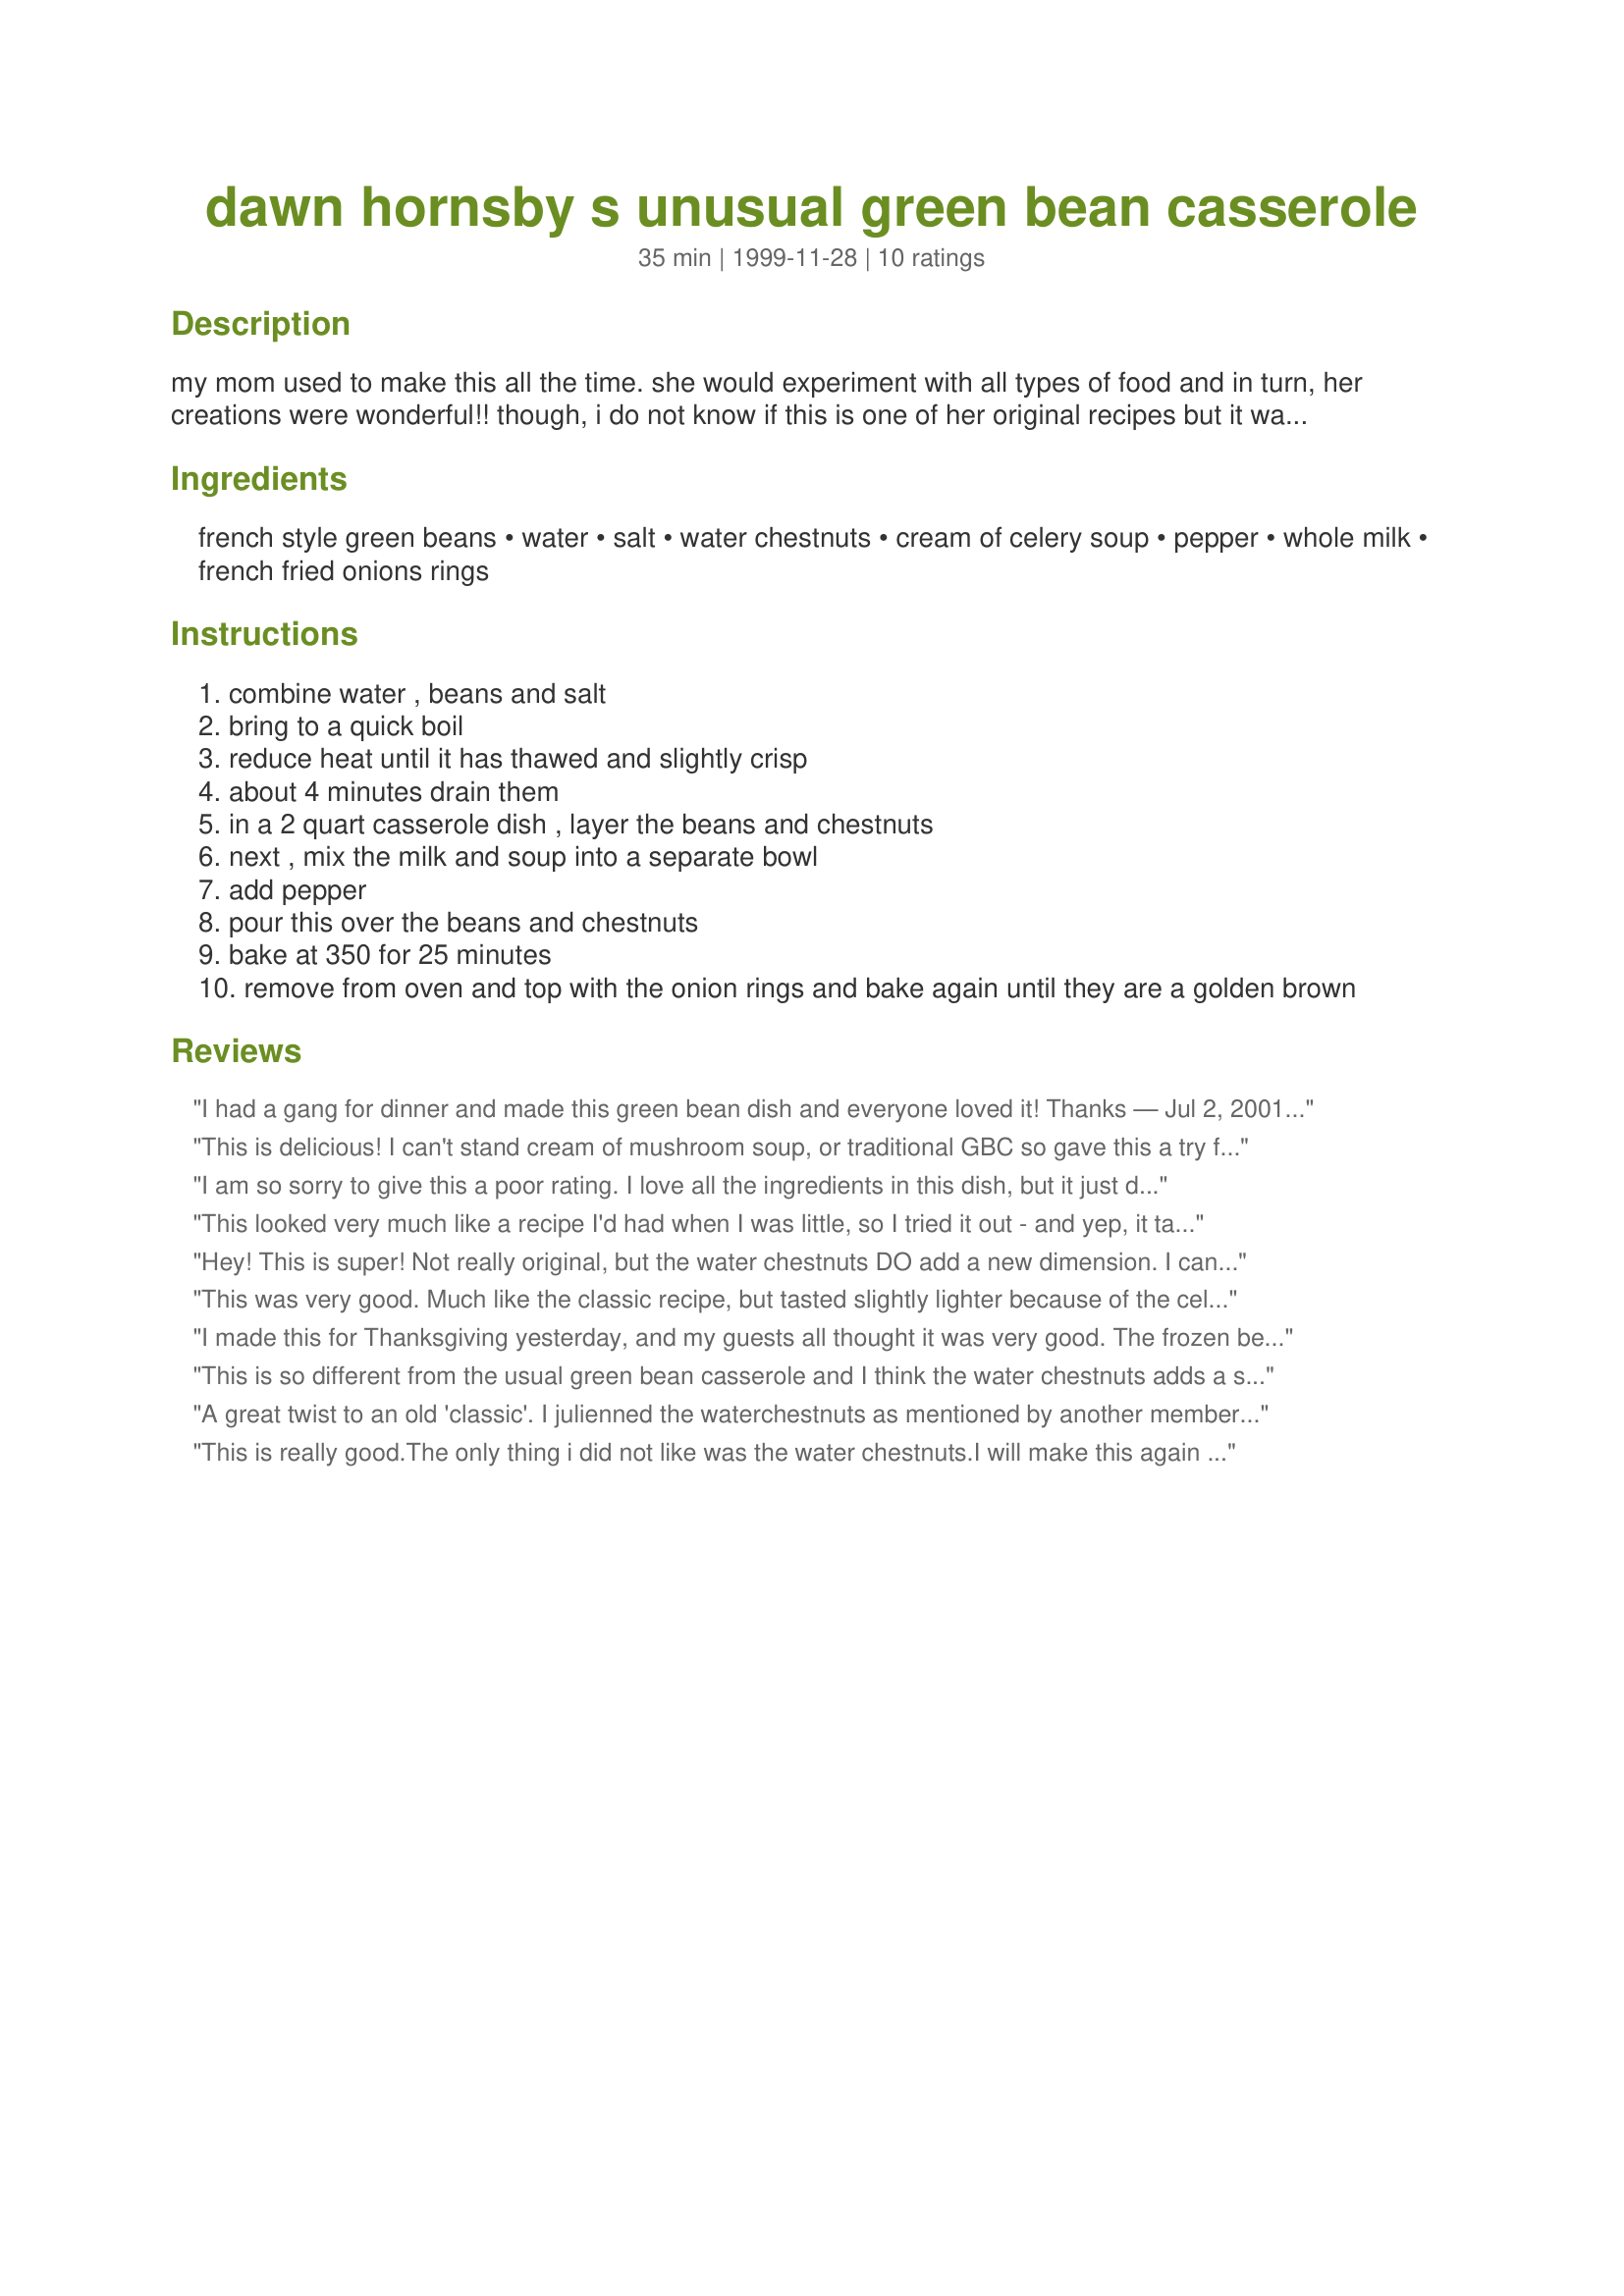
dawn hornsby s unusual green bean casserole
Preparation time: 35 minutes

my mom used to make this all the time. she would experiment with all types of food and in turn, her creations were wonderful!! though, i do not know if this is one of her original recipes but it was handwritten in her notebook of recipes that was given to me at the time of her death.

Ingredients:
french style green beans, water, salt, water chestnuts, cream of celery soup, pepper, whole milk, french fried onions rings

Steps:
combine water , beans and salt
bring to a quick boil
reduce heat until it has thawed and slightly crisp
about 4 minutes drain them
in a 2 quart casserole dish , layer the beans and chestnuts
next , mix the milk and soup into a separate bowl
add pepper
pour this over the beans and chestnuts
bake at 350 for 25 minutes
remove from oven and top with the onion rings and bake again until they are a golden brown

Reviews:
 I had a gang for dinner and made this green bean dish and everyone loved it! Thanks — Jul 2, 2001, I have made this so many times it is souper easy and very tasty. This time I added pictures-I hope you like them Traci & Jeff

This is delicious! I can't stand cream of mushroom soup, or traditional GBC so gave this a try for Thanksgiving. Everyone loved it, the chestnuts give a great texture.
I am so sorry to give this a poor rating. I love all the ingredients in this dish, but it just did not jive with me, or anyone else. I served this at a potluck of 10 people and no one liked it.
This looked very much like a recipe I'd had when I was little, so I tried it out - and yep, it tasted like the "different" green bean casserole I remembered and liked! :) I added a couple cloves of minced garlic and a bit of rosemary, and I julienned the water chestnuts (which worked very well). I prefer this one over the "classic" recipe.
Hey! This is super! Not really original, but the water chestnuts DO add a new dimension. I can hardly wait for the holidays so I can use this new variation on an old favorite.
This was very good. Much like the classic recipe, but tasted slightly lighter because of the celery soup vs. mushroom. I chopped the water chestnuts up and also mixed ingredients versus layering (except some onions on top).
I made this for Thanksgiving yesterday, and my guests all thought it was very good. The frozen beans stay firm and a nice bright green (as opposed to the gray/green color of canned beans) and the water chestnuts, which I julienned, added a nice crispiness to each mouthful. Will definitely make again.
This is so different from the usual green bean casserole and I think the water chestnuts adds a special touch to it. Very good.
A great twist to an old 'classic'. I julienned the waterchestnuts as mentioned by another member. I also couldn't find any frozen french style greenbeans besides ones that had slivered almonds in them - so I used that and the almonds were a great addition as well!
This is really good.The only thing i did not like was the water chestnuts.I will make this again but i wiil not use the water chestnuts.
